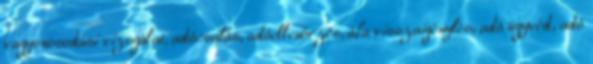
vagyonosodási vizsgálat, adócsalás, adóellenőrzés, áfa visszaigénylés, adó ügyvéd, adó